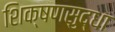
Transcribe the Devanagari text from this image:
शिक्षणसुद्धा